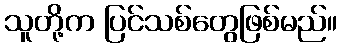
သူတို့က ပြင်သစ်တွေဖြစ်မည်။